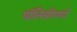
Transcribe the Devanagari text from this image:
पॉलिसीमध्ये